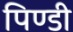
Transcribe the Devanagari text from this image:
पिण्डी